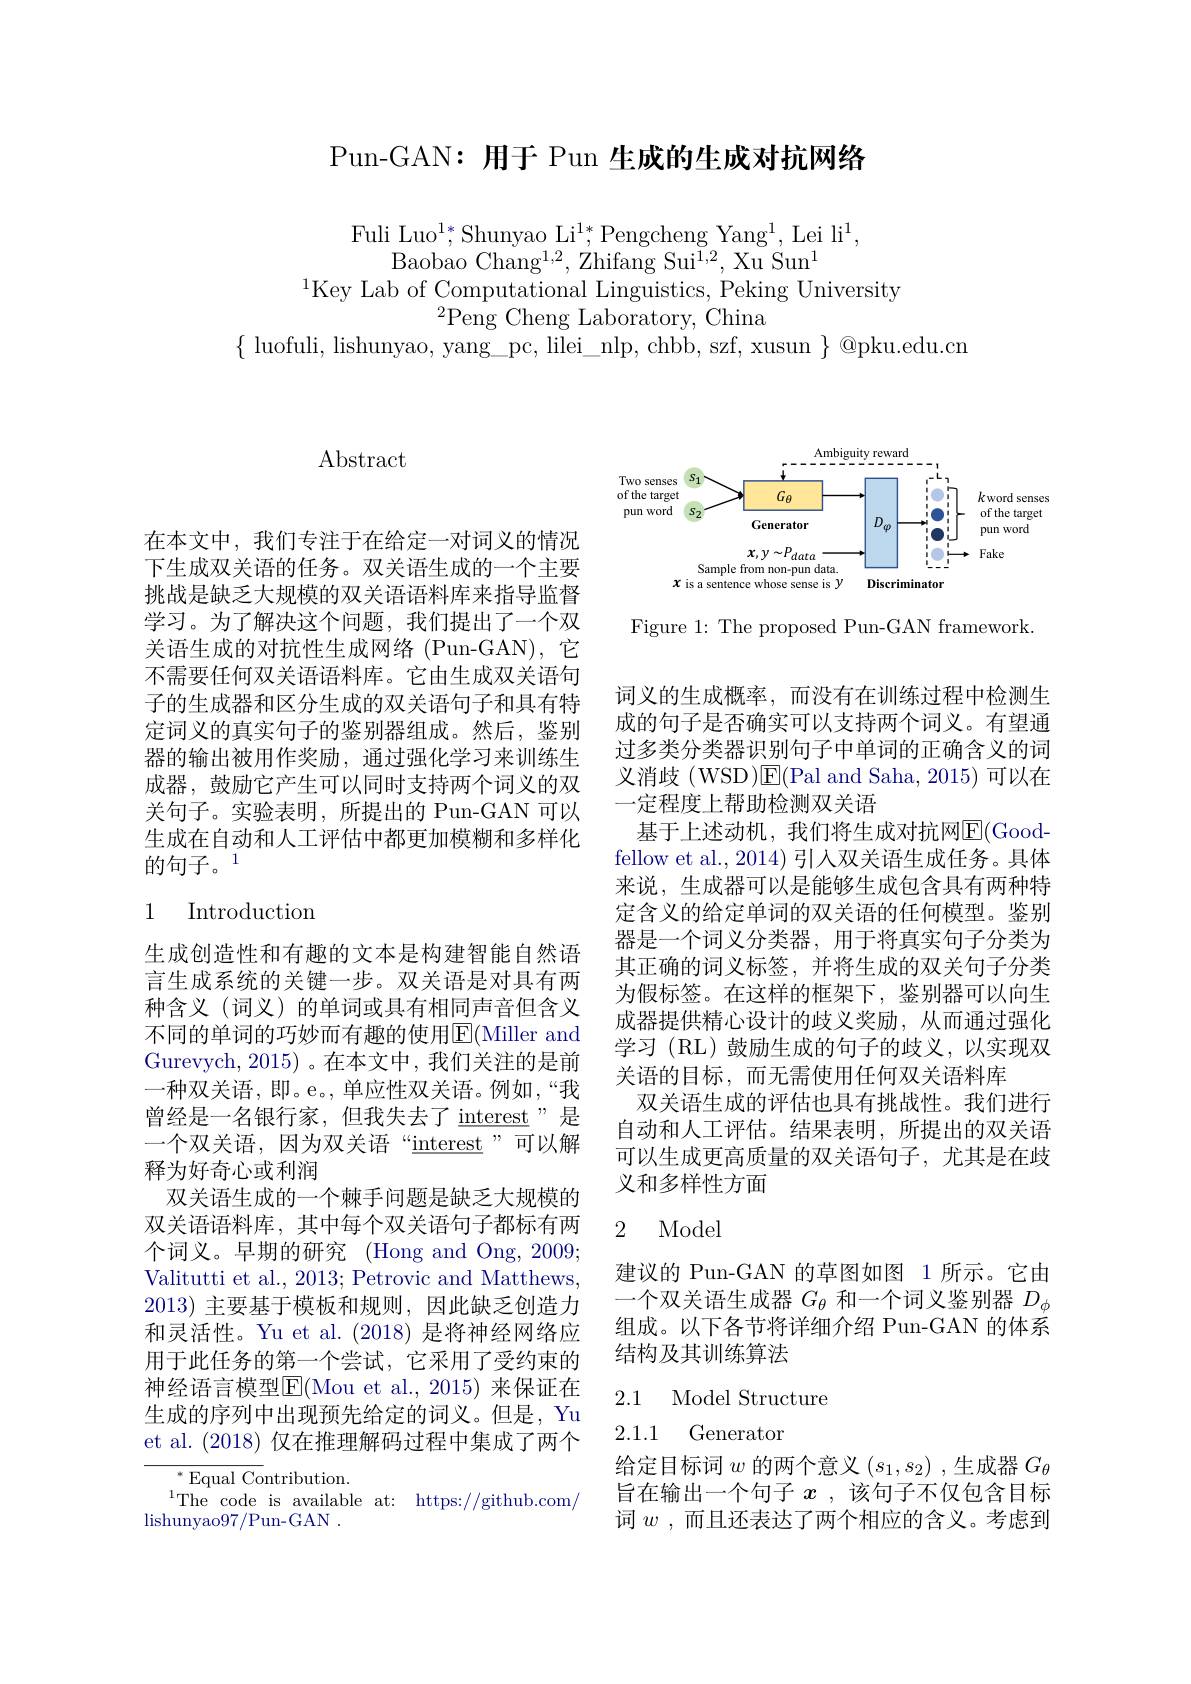
Pun-GAN: 用于 Pun 生成的生成对抗网络

Fuli Luo$^1;\mathrm{Shunyao~Li}^{1*},\mathrm{Pengcheng~Yang}^{1}$,Lei li$^1$,
Baobao Chang$^1,2$,Zhifang Sui$^1,2$,Xu Sun$^1$
$^{1}$Key Lab of Computational Linguistics, Peking University
$^{2}$Peng Cheng Laboratory, China
$\{$ luofuli, lishunyao, yang\_pc, lilei\_nlp, chbb, szf, xusun $\}$@pku.edu.cn

$\operatorname{Abstract}$

在本文中，我们专注于在给定一对词义的情况下生成双关语的任务。双关语生成的一个主要挑战是缺乏大规模的双关语语料库来指导监督学习。为了解决这个问题，我们提出了一个双关语生成的对抗性生成网络(Pun-GAN), 它不需要任何双关语语料库。它由生成双关语句子的生成器和区分生成的双关语句子和具有特定词义的真实句子的鉴别器组成。然后，鉴别器的输出被用作奖励，通过强化学习来训练生成器，鼓励它产生可以同时支持两个词义的双关句子。实验表明，所提出的 Pun-GAN 可以生成在自动和人工评估中都更加模糊和多样化的句子。1

## 1 Introduction

生成创造性和有趣的文本是构建智能自然语言生成系统的关键一步。双关语是对具有两种含义(词义)的单词或具有相同声音但含义不同的单词的巧妙而有趣的使用$\overline{\mathrm{E}}($Miller and Gurevych, 2015)。在本文中，我们关注的是前一种双关语，即。e。,单应性双关语。例如，“我曾经是一名银行家，但我失去了$\underline\text{interest}$”是一个双关语，因为双关语“interest”可以解释为好奇心或利润
双关语生成的一个棘手问题是缺乏大规模的双关语语料库，其中每个双关语句子都标有两个词义。早期的研究 (Hong and Ong, 2009; Valitutti et al., 2013; Petrovic and Matthews, 2013)主要基于模板和规则，因此缺乏创造力和灵活性。Yu et al. (2018) 是将神经网络应用于此任务的第一个尝试，它采用了受约束的神经语言模型E(Mou et al.,2015)来保证在生成的序列中出现预先给定的词义。但是，Yu et al. (2018)仅在推理解码过程中集成了两个
$^*$Equal Contribution.
The code is available at: https: / / github. com/

lishunyao97/Pun-GAN .

<FigureHere>

Figure 1: The proposed Pun-GAN framework.

词义的生成概率，而没有在训练过程中检测生成的句子是否确实可以支持两个词义。有望通过多类分类器识别句子中单词的正确含义的词义消歧(WSD)$\overline {\mathrm{F} }($Pal and Saha, 2015) 可以在一定程度上帮助检测双关语
基于上述动机，我们将生成对抗网E(Good- fellow et al., 2014) 引人双关语生成任务。具体来说，生成器可以是能够生成包含具有两种特定含义的给定单词的双关语的任何模型。鉴别器是一个词义分类器，用于将真实句子分类为其正确的词义标签，并将生成的双关句子分类为假标签。在这样的框架下，鉴别器可以向生成器提供精心设计的歧义奖励，从而通过强化学习 (RL) 鼓励生成的句子的歧义，以实现双关语的目标，而无需使用任何双关语料库
双关语生成的评估也具有挑战性。我们进行自动和人工评估。结果表明，所提出的双关语可以生成更高质量的双关语句子，尤其是在歧义和多样性方面

### 2 Model

建议的 Pun-GAN 的草图如图 1 所示。它由一个双关语生成器$G_\theta$和一个词义鉴别器$D_\phi$ 组成。以下各节将详细介绍 Pun-GAN 的体系结构及其训练算法

2.1 Model Structure

### 2.1.1 Generator

给定目标词$w$的两个意义$(s_1,s_2)$ ,生成器$G_\theta$ 旨在输出一个句子$x$ ,该句子不仅包含目标词$w$,而且还表达了两个相应的含义。考虑到